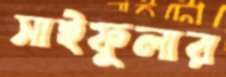
সাইফুলার